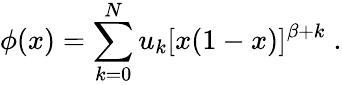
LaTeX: \phi(x)=\sum_{k=0}^{N}u_{k}[x(1-x)]^{\beta+k}\; .